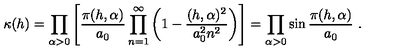
\kappa ( h ) = \prod _ { \alpha > 0 } \left[ \frac { \pi ( h , \alpha ) } { a _ { 0 } } \prod _ { n = 1 } ^ { \infty } \left( 1 - \frac { ( h , \alpha ) ^ { 2 } } { a _ { 0 } ^ { 2 } n ^ { 2 } } \right) \right] = \prod _ { \alpha > 0 } \sin \frac { \pi ( h , \alpha ) } { a _ { 0 } } \ .